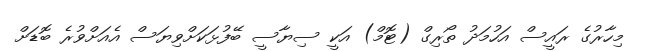
މިހާރުގެ ރައީސް އަހުމަދު ތޯރިގް (ޓޮމް) އަކީ ސިޔާސީ ބޭފުޅަކަށްވިޔަސް އެއަށްވުރެ ބޮޑަށް